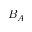
B _ { A }